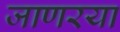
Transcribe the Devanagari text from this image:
जाणरया